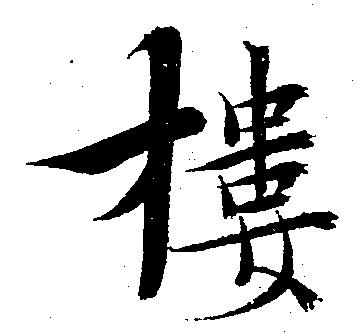
楼